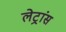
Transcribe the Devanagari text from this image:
लेट्रांस